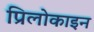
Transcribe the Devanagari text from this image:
प्रिलोकाइन